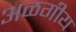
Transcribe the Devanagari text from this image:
अळगीय